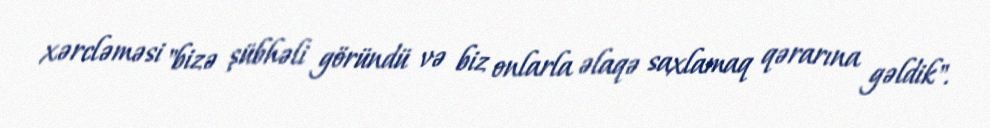
xərcləməsi "bizə şübhəli göründü və biz onlarla əlaqə saxlamaq qərarına gəldik".